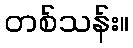
တစ်သန်း။